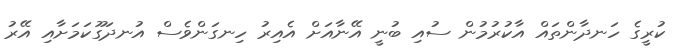
ކުރީގެ ހަނދާންތައް އާކުރުމުން ސުއި ބުނީ އޭނާއަށް އެއިރު ހިނގަންވެސް އުނދަގޫކަމަށާއި އޭރު